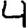
Digit: 4